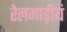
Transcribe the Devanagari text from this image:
रेलगाड़ीयं